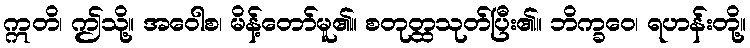
ဣတိ၊ ဤသို့။ အဝေါစ၊ မိန့်တော်မူ၏။ စတုတ္ထသုတ်ပြီး၏။ ဘိက္ခဝေ၊ ရဟန်းတို့။